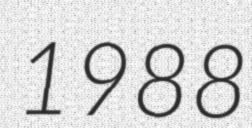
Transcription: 1988